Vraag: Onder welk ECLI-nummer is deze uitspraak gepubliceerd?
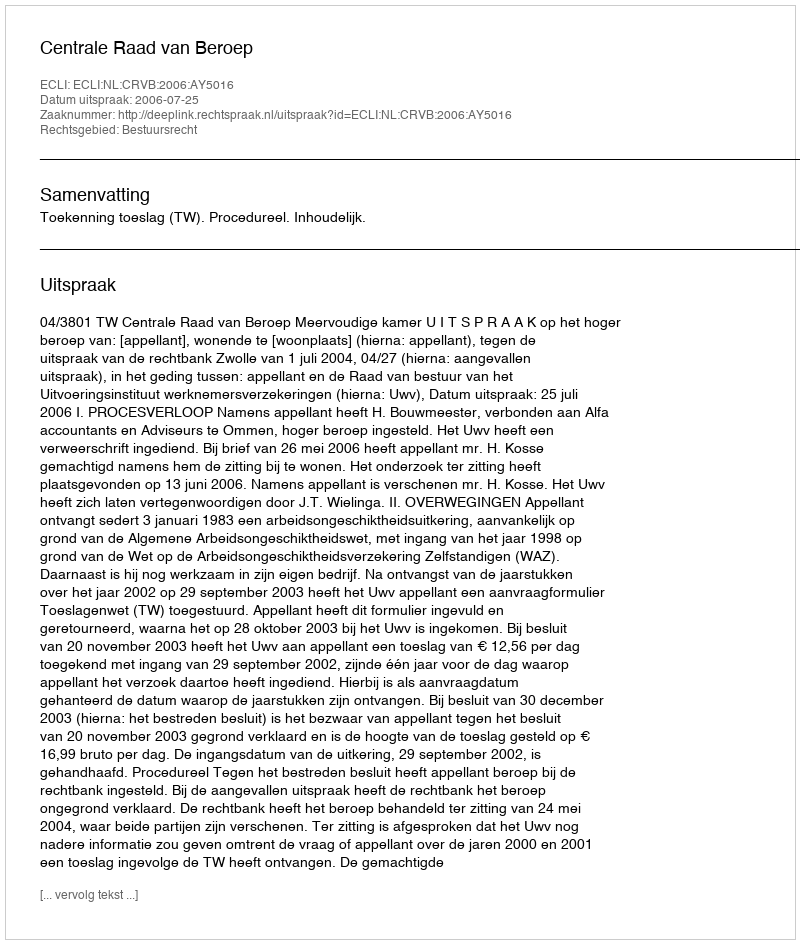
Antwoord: ECLI:NL:CRVB:2006:AY5016